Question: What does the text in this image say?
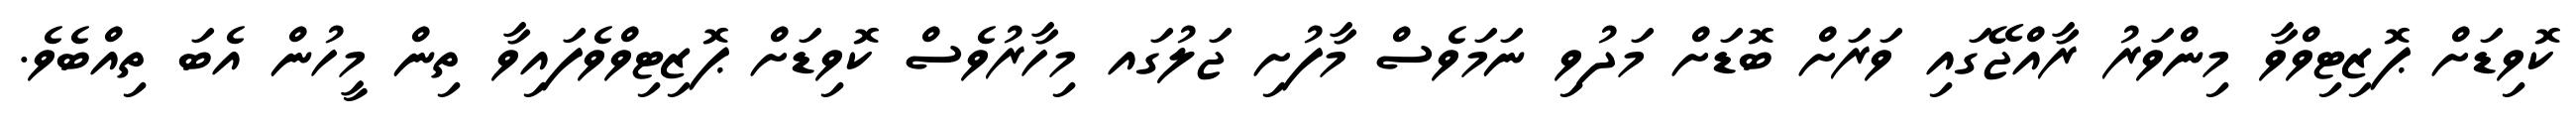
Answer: ކޮވިޑަށް ޕޮޒިޓިވްވާ މިންވަރު ރާއްޖޭގައި ވަރަށް ބޮޑަށް މަދުވި ނަމަވެސް މާފުށި ޖަލުގައ މިހާރުވެސް ކޮވިޑަށް ޕޮޒިޓިވްވެފައިވާ ތިން މީހުން އެބަ ތިއްބެވެ.